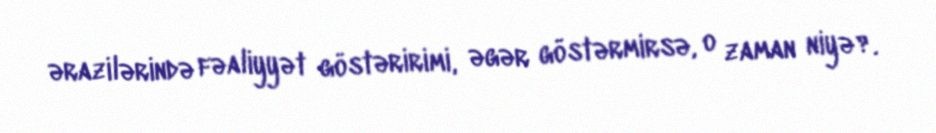
ərazilərində fəaliyyət göstəririmi, əgər göstərmirsə, o zaman niyə?.